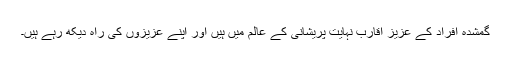
گمشدہ افراد کے عزیز اقارب نہایت پریشانی کے عالم میں ہیں اور اپنے عزیزوں کی راہ دیکھ رہے ہیں۔